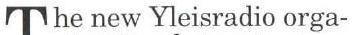
The new Yleisradio orga-